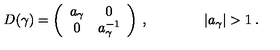
D ( \gamma ) = \left( \begin{array} { c c } { a _ { \gamma } } & { 0 } \\ { 0 } & { a _ { \gamma } ^ { - 1 } } \\ \end{array} \right) \: , \qquad \qquad | a _ { \gamma } | > 1 \: .